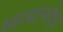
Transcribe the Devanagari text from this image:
खाद्यान्वेषक